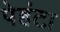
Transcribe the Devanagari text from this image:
पेहंटा